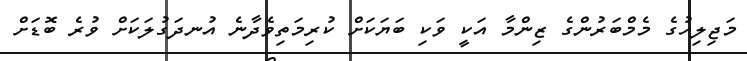
މަޖިލިހުގެ މެމްބަރުންގެ ޒިންމާ އަކީ ވަކި ބަޔަކަށް ކުރިމަތިވެދާނެ އުނދަގުލަކަށް ވުރެ ބޮޑަށް